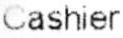
CASHIER